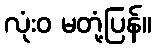
လုံးဝ မတုံ့ပြန်။